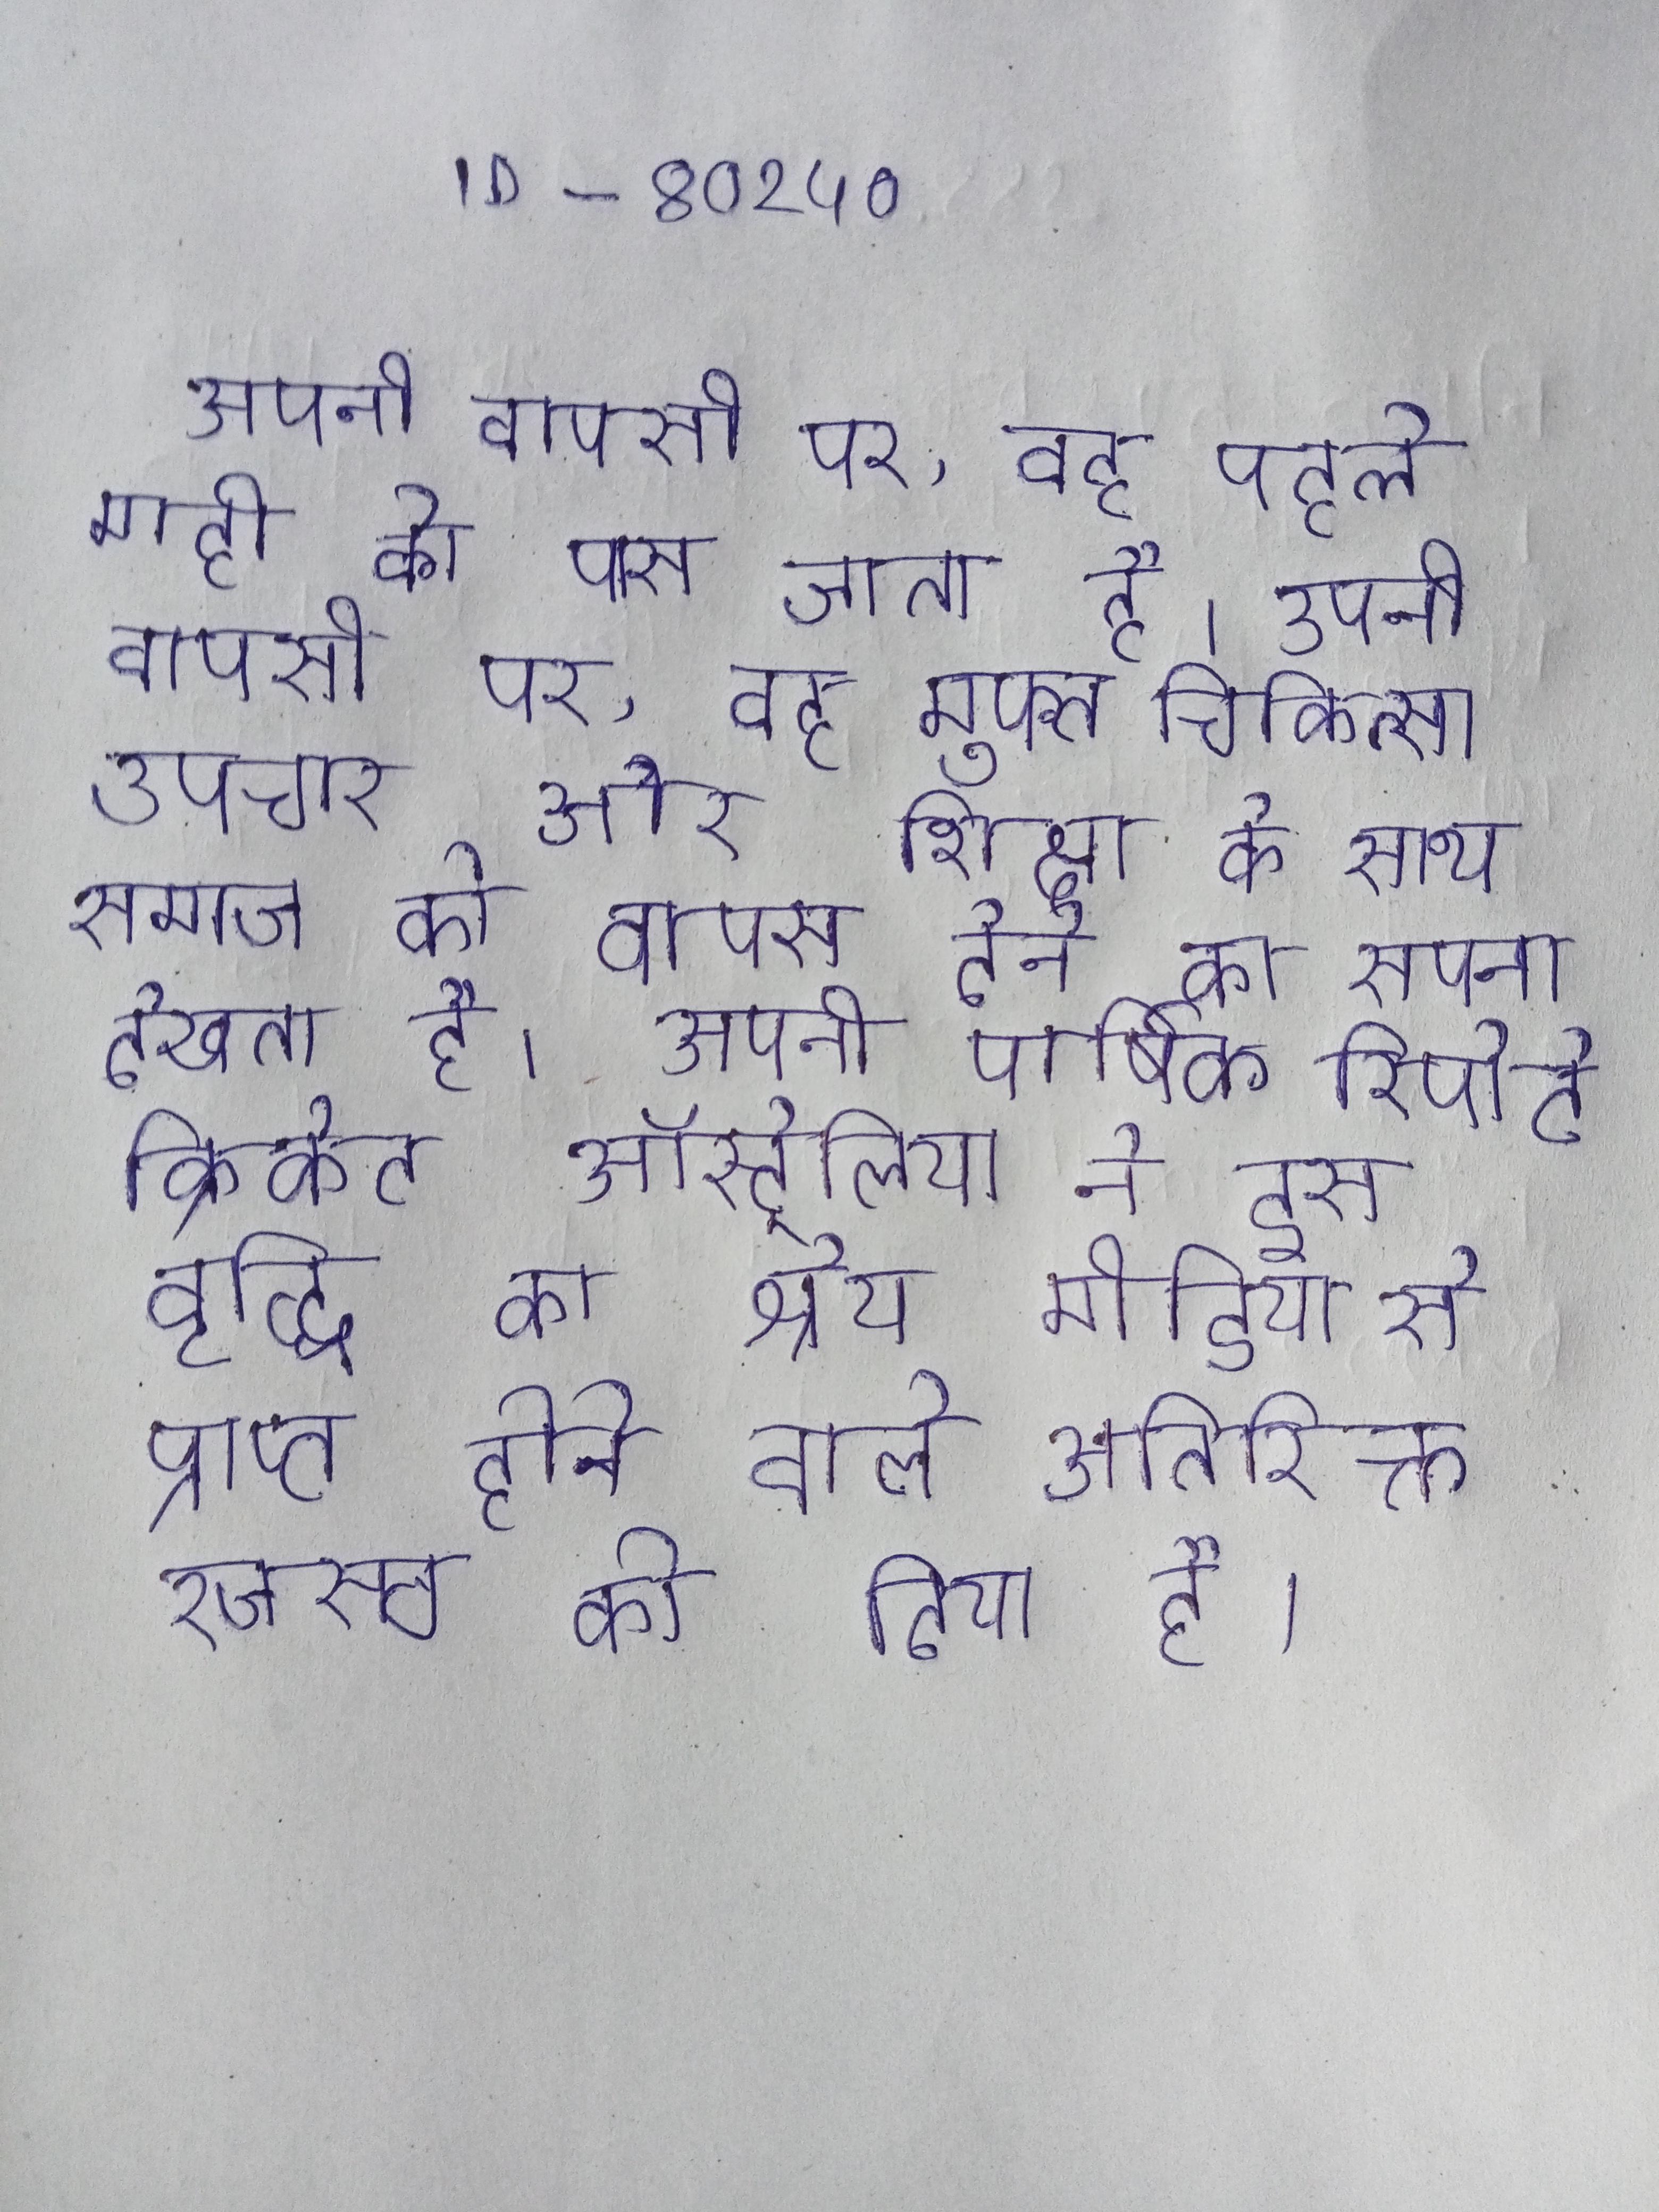
अपनी वापसी पर, वह पहले माही के पास जाता है । अपनी वापसी पर, वह मुफ्त चिकित्सा उपचार और शिक्षा के साथ समाज को वापस देने का सपना देखता है । अपनी वार्षिक रिपोर्ट क्रिकेट ऑस्ट्रेलिया ने इस वृद्धि का श्रेय मीडिया से प्राप्त होने वाले अतिरिक्त रजस्व को दिया है ।